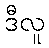
ဒီလူ